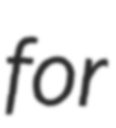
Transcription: for